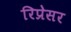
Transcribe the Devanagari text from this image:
रिप्रेसर